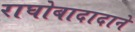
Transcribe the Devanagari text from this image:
राघोबादादाने